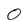
Character: O